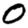
Digit: 0